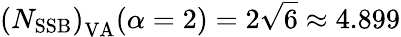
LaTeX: \left(N_{\mathrm{SSB}}\right)_{\mathrm{VA}}(\alpha=2)=2\sqrt{6}\approx 4.899